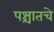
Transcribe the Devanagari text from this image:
पश्चातचे